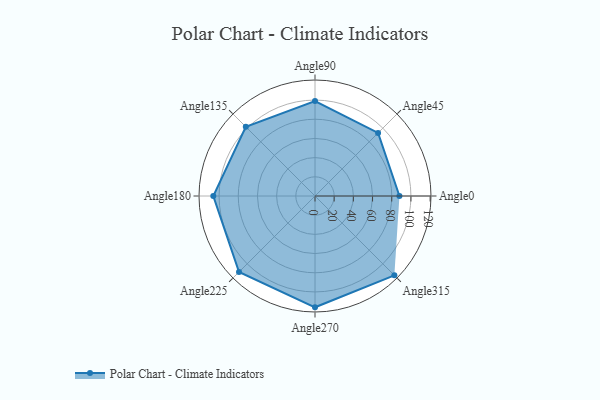
{"axis": {"x": "Angle", "y": "Radius"}, "legend": [""], "data": [{"x": "Angle0", "y": 88.0, "type": ""}, {"x": "Angle45", "y": 93.0, "type": ""}, {"x": "Angle90", "y": 99.0, "type": ""}, {"x": "Angle135", "y": 102.0, "type": ""}, {"x": "Angle180", "y": 106.0, "type": ""}, {"x": "Angle225", "y": 112.0, "type": ""}, {"x": "Angle270", "y": 116.0, "type": ""}, {"x": "Angle315", "y": 117.0, "type": ""}]}